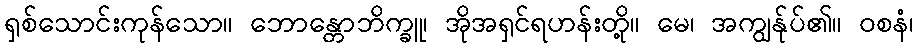
ရှစ်သောင်းကုန်သော။ ဘောန္တောဘိက္ခူ၊ အိုအရှင်ရဟန်းတို့။ မေ၊ အကျွန်ုပ်၏။ ဝစနံ၊